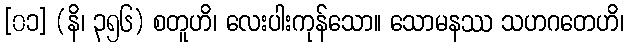
[၀၁] (နိ၊ ၃၅၆) စတူဟိ၊ လေးပါးကုန်သော။ သောမနဿ သဟဂတေဟိ၊